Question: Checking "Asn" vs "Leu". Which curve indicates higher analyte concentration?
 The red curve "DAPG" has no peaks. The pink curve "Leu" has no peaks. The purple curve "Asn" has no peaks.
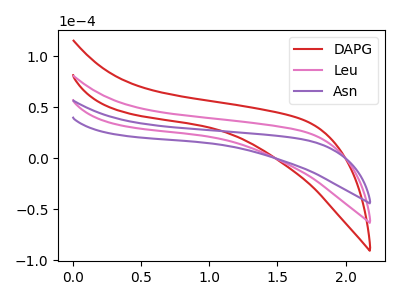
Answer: <think>Neither "Asn" or "Leu" have any peaks.
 </think>
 <answer>I cant tell if "Asn" or "Leu" has higher concentration.</answer>
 <eval>mixed_concentration</eval>